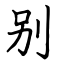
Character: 别